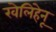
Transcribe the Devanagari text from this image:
खेलिहेनू